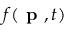
f ( \textbf { p } , t )